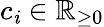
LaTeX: c_{\mathit{i}}\in{\mathbb{{R}}}_{\geq0}